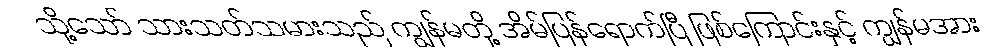
သို့သော် သားသတ်သမားသည် ကျွန်မတို့ အိမ်ပြန်ရောက်ပြီ ဖြစ်ကြောင်းနှင့် ကျွန်မအား